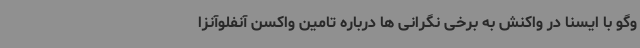
وگو با ایسنا در واکنش به برخی نگرانی ها درباره تامین واکسن آنفلوآنزا